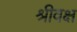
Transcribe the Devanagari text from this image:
श्रीवक्ष